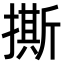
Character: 撕